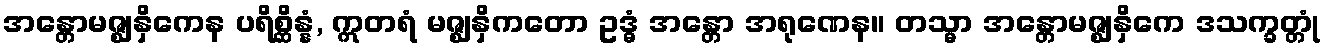
အန္တောမဇ္ဈနှိကေန ပရိစ္ဆိန္နံ, ဣတရံ မဇ္ဈနှိကတော ဥဒ္ဓံ အန္တော အရုဏေန။ တသ္မာ အန္တောမဇ္ဈနှိကေ ဒသက္ခတ္တုံ